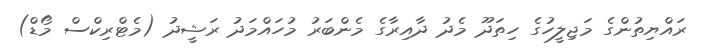
ރައްޔިތުންގެ މަޖިލީހުގެ ހިތަދޫ މެދު ދާއިރާގެ މެންބަރު މުހައްމަދު ރަޝީދު (މެޓްރިކްސް މޯޑް)